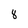
Character: 8